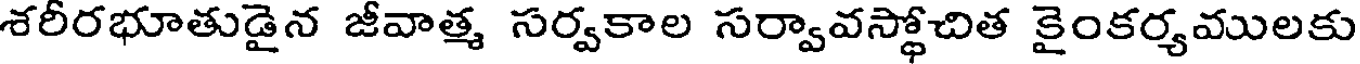
శరీరభూతుడైన జీవాత్మ సర్వకాల సర్వావస్థోచిత కైంకర్యములకు